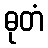
ဓုတံ